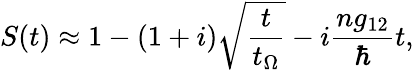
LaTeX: S(t)\approx 1-(1+i)\sqrt{\frac{t}{t_{\Omega}}}-i\frac{ng_{12}}{\hbar}t,